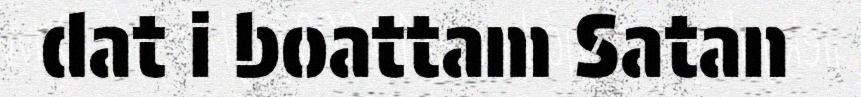
dat i boattam Satan